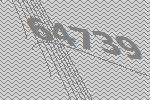
64739